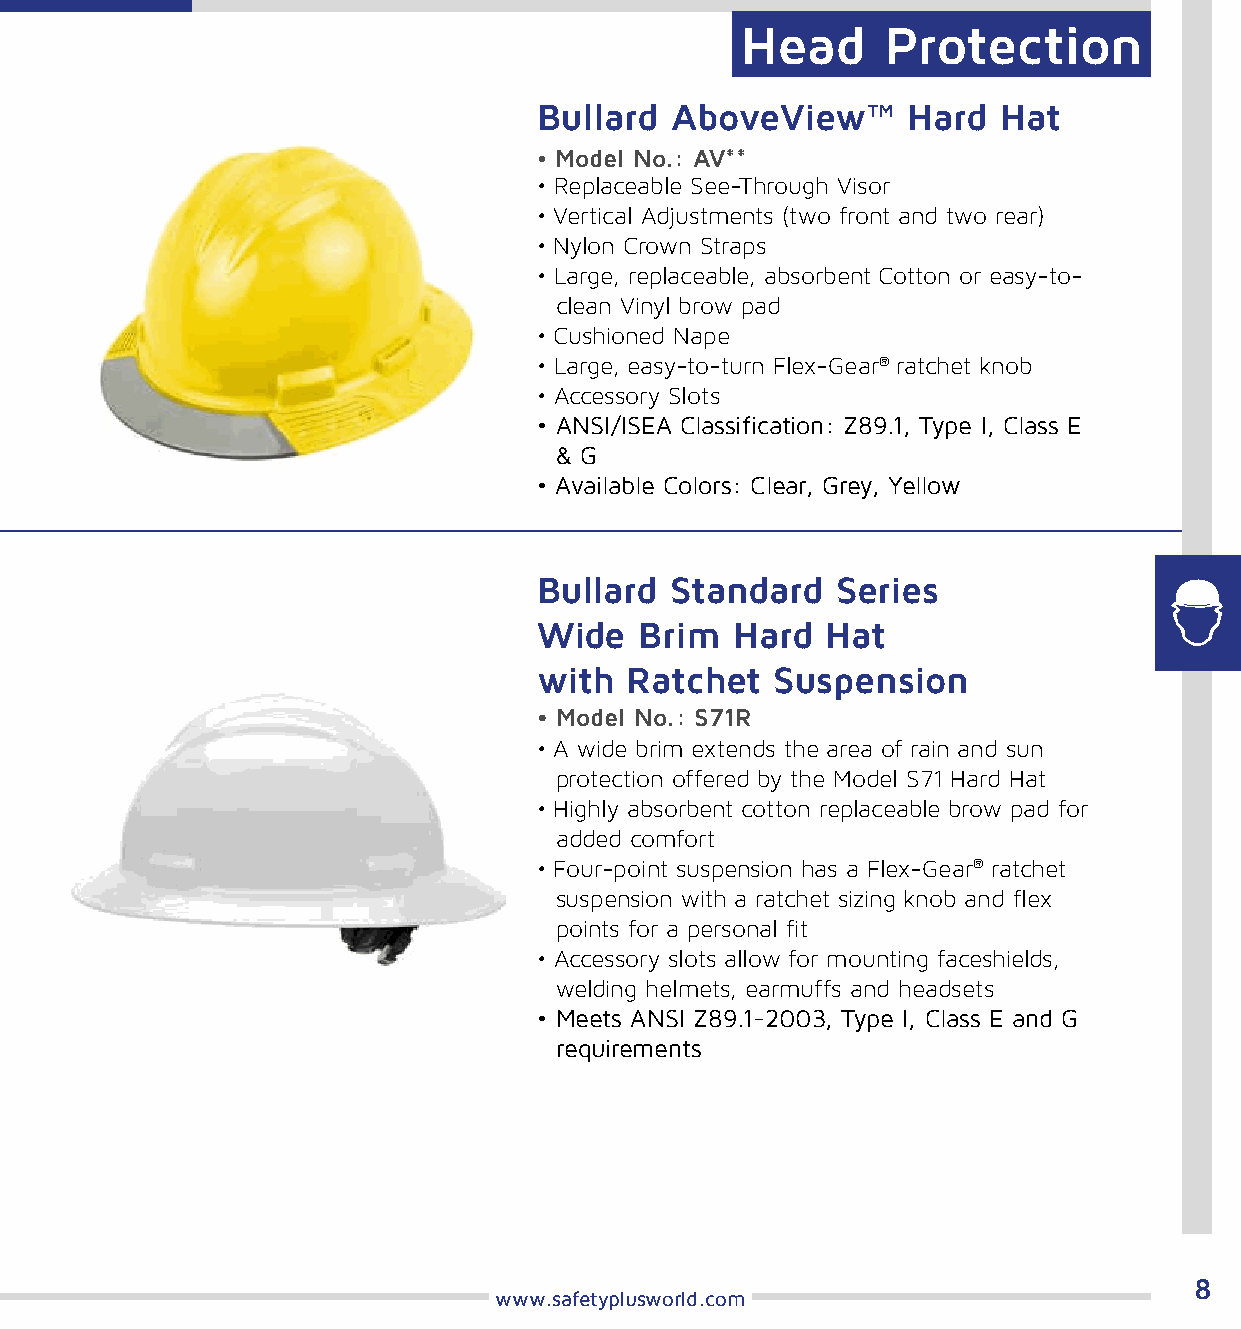
Head      Protection
 Bullard AboveView™      Hard  Hat
 • Model No.: AV**
 • Replaceable See-Through Visor
 • Vertical Adjustments (two front and two rear)
 • Nylon Crown Straps
 • Large, replaceable, absorbent Cotton or easy-to-
 clean Vinyl brow pad
 • Cushioned Nape
 • Large, easy-to-turn Flex-Gear® ratchet knob
 • Accessory Slots
 • ANSI/ISEA Classification: Z89.1, Type I, Class E
 & G
 • Available Colors: Clear, Grey, Yellow
 Bullard Standard   Series
 Wide  Brim   Hard  Hat
 with  Ratchet  Suspension
 • Model No.: S71R
 • A wide brim extends the area of rain and sun
 protection offered by the Model S71 Hard Hat
 • Highly absorbent cotton replaceable brow pad for
 added comfort
 • Four-point suspension has a Flex-Gear® ratchet
 suspension with a ratchet sizing knob and flex
 points for a personal fit
 • Accessory slots allow for mounting faceshields,
 welding helmets, earmuffs and headsets
 • Meets ANSI Z89.1-2003, Type I, Class E and G
 requirements
 8
 www.safetyplusworld.com